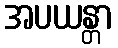
အပယန္တာ